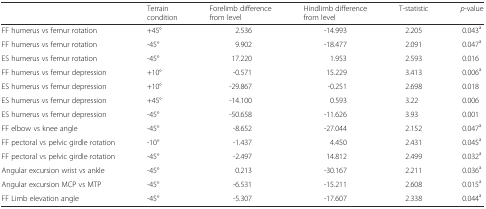
|  | Terrain condition | Forelimb difference from level | Hindlimb difference from level | T-statistic | p-value |
 | --- | --- | --- | --- | --- | --- |
 | FF humerus vs femur rotation | +45° | 2.536 | -14.993 | 2.205 | 0.043a |
 | FF humerus vs femur rotation | -45° | 9.902 | -18.477 | 2.091 | 0.047a |
 | ES humerus vs femur rotation | -45° | 17.220 | 1.953 | 2.593 | 0.016 |
 | FF humerus vs femur depression | +10° | -0.571 | 15.229 | 3.413 | 0.006a |
 | ES humerus vs femur depression | +10° | -29.867 | -0.251 | 2.698 | 0.018 |
 | ES humerus vs femur depression | +45° | -14.100 | 0.593 | 3.22 | 0.006 |
 | ES humerus vs femur depression | -45° | -50.658 | -11.626 | 3.93 | 0.001 |
 | FF elbow vs knee angle | -45° | -8.652 | -27.044 | 2.152 | 0.047a |
 | FF pectoral vs pelvic girdle rotation | -10° | -1.437 | 4.450 | 2.431 | 0.045a |
 | FF pectoral vs pelvic girdle rotation | -45° | -2.497 | 14.812 | 2.499 | 0.032a |
 | Angular excursion wrist vs ankle | -45° | 0.213 | -30.167 | 2.211 | 0.036a |
 | Angular excursion MCP vs MTP | -45° | -6.531 | -15.211 | 2.608 | 0.015a |
 | FF Limb elevation angle | -45° | -5.307 | -17.607 | 2.338 | 0.044a |